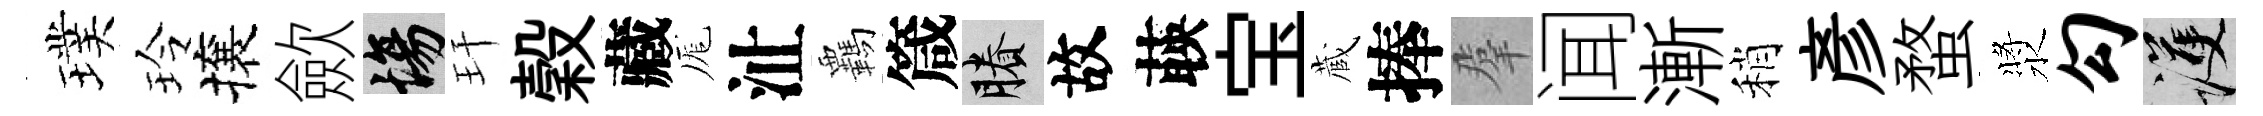
璞玲攘歛場玕穀藏厖沚覊箴賸故𦴤宝蔵捧羣闻漸稍彥蝥漿勾護